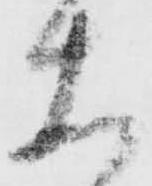
大